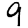
Digit: 9